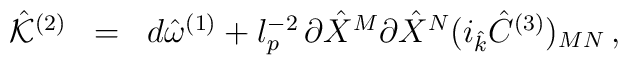
\begin{array}{rcl}{\hat {\cal K}}^{(2)} &=& d {\hat \omega}^{(1)} + l_p^{-2}\, \partial{\hat X}^{M} \partial{\hat X}^{N} (i_{\hat k} {\hat C}^{(3)})_{MN} \, , \\\end{array}